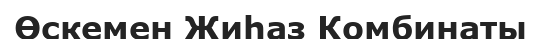
Өскемен Жиһаз Комбинаты